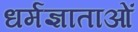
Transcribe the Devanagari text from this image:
धर्मज्ञाताओं